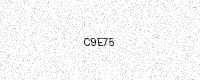
Text: C9E75